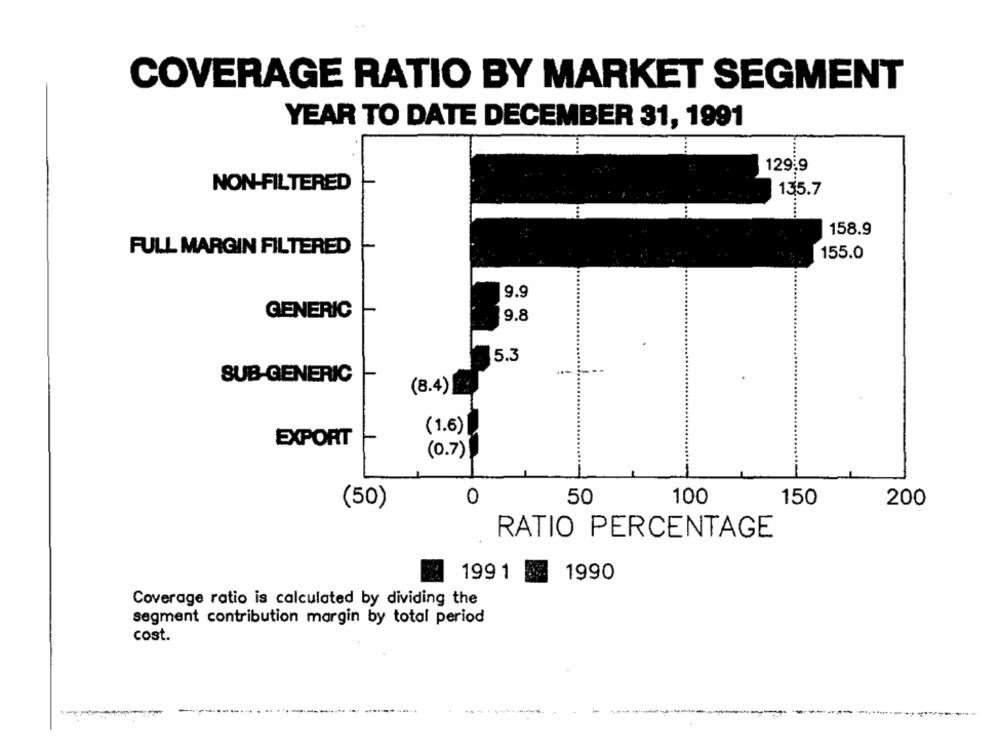
COVERAGE RATIO BY MARKET SEGMENT
YEAR TO DATE DECEMBER 31, 1991
129 9
NON-FILTERED
135.7
158.9
FULL MARGIN FILTERED
155.0
9.9
GENERIC
9.8
5.3
SUB-GENERIC
(8.4)
(1.6)
EXPORT
(0.7)
0
50
100
150
200
(50)
RATIO PERCENTAGE
1991
1990
Coverage ratio is calculated by dividing the
segment contribution margin by total period
cost.
----------